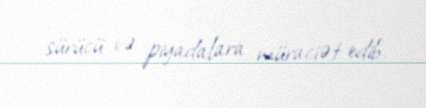
sürücü və piyadalara müraciət edib.